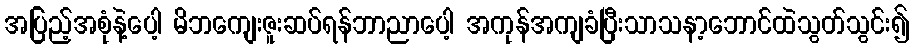
အပြည့်အစုံနဲ့ပေါ့ မိဘကျေးဇူးဆပ်ရန်ဘာညာပေါ့ အကုန်အကျခံပြီးသာသနာ့ဘောင်ထဲသွတ်သွင်း၍